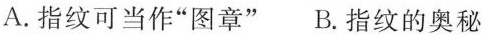
A.指纹可当作”图章”B.指纹的奥秘